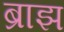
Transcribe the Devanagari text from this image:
ब्राझ